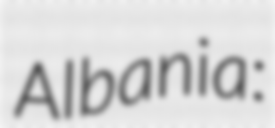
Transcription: Albania: